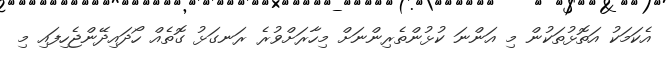
އެކަމަކު އަތޮޅުތަކުން މި އަންނަ ކުޅުންތެރިންނަށް މިހާރަށްވުރެ ރަނގަޅު ގޮތެއް ހޯދައިދޭންޖެހިފައި މި